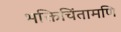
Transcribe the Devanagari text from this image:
भक्तिचिंतामणि